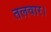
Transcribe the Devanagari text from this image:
तलवार।